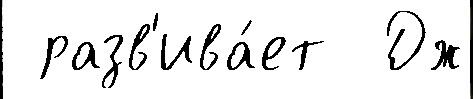
 разв'ива́ет  Дж